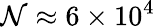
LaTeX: \mathcal{N}\approx6\times10^{4}